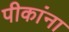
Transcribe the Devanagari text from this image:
पीकांना